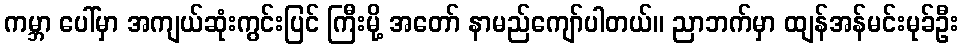
ကမ္ဘာ ပေါ်မှာ အကျယ်ဆုံးကွင်းပြင် ကြီးမို့ အတော် နာမည်ကျော်ပါတယ်။ ညာဘက်မှာ ထျန်အန်မင်းမုခ်ဦး